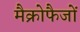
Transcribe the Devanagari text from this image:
मैक्रोफैजों